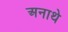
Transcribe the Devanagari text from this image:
अनाथे